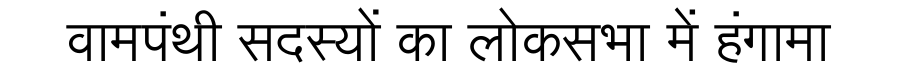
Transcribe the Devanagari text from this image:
वामपंथी सदस्यों का लोकसभा में हंगामा